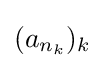
(a_{n_{k}})_{k}